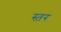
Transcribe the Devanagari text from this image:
स्त़र